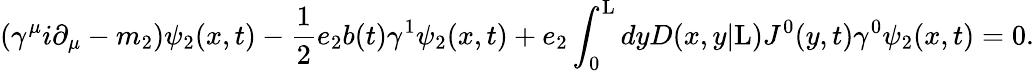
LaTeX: ({\gamma}^{\mu}i{\partial}_{\mu}-m_{2}){\psi}_{2}(x,t)-\frac{1}{2}e_{2}b(t){\gamma}^{1}{\psi}_{2}(x,t)+e_{2}\int_{0}^{\mathrm{L}}dyD(x,y|\mathrm{L})J^{0}(y,t){\gamma}^{0}{\psi}_{2}(x,t)=0.